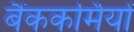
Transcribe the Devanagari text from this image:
बैंककर्मियों